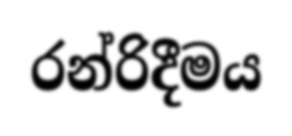
රන්රිදීමය